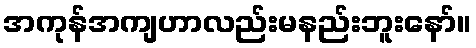
အကုန်အကျဟာလည်းမနည်းဘူးနော်။